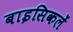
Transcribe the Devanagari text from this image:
बाइसिकलें